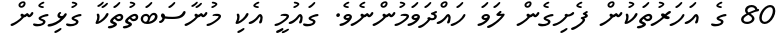
80 ގެ އަހަރުތަކުން ފެށިގެން ލަވަ ހައްދަވަމުންނެވެ. ގައުމީ އެކި މުނާސަބަތުތަކާ ގުޅިގެން